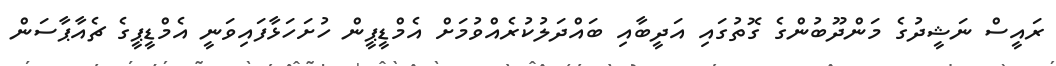
ރައީސް ނަޝީދުގެ މަންދޫބުންގެ ގޮތުގައި އަދީބާއި ބައްދަލުކުރެއްވުމަށް އެމްޑީޕީން ހުށަހަޅާފައިވަނީ އެމްޑީޕީގެ ޗެއާޕާސަން